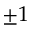
\pm 1